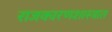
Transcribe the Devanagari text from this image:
राजकारणशास्त्रात